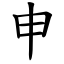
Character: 申